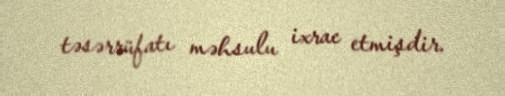
təsərrüfatı məhsulu ixrac etmişdir.